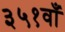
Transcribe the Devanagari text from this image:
३५१वाँ